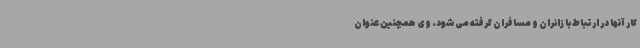
کار آنها در ارتباط با زائران و مسافران گرفته می‌شود. وی همچنین عنوان